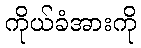
ကိုယ်ခံအားကို